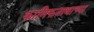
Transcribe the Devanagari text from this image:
कानिफनाथाच्या